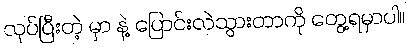
လုပ်ပြီးတဲ့ မှာ နဲ့ ပြောင်းလဲသွားတာကို တွေ့ရမှာပါ။